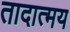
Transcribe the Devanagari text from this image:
तादात्मय